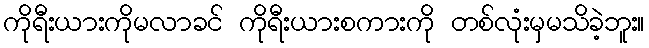
ကိုရီးယားကိုမလာခင် ကိုရီးယားစကားကို တစ်လုံးမှမသိခဲ့ဘူး။